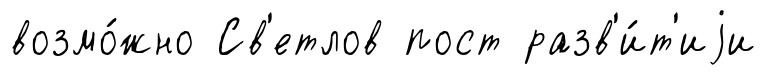
возмо́жно Св'етлов пост разв'и́т'иjи